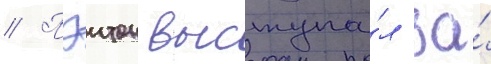
// Пэитон выступа́л за́